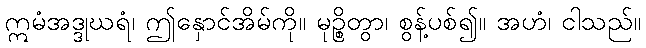
ဣမံအဒ္ဒုဃရံ၊ ဤနှောင်အိမ်ကို။ မုဉ္စိတွာ၊ စွန့်ပစ်၍။ အဟံ၊ ငါသည်။